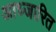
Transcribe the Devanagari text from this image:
आध्जारित